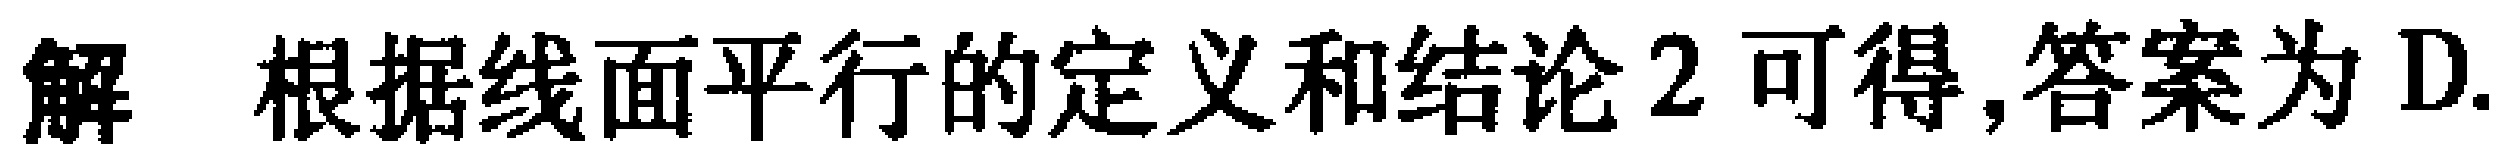
解 根据线面平行的定义和结论 2 可得,答案为 D.